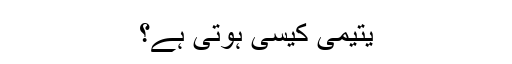
یتیمی کیسی ہوتی ہے؟